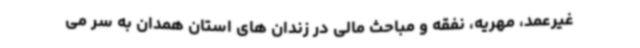
غیرعمد، مهریه، نفقه و مباحث مالی در زندان های استان همدان به سر می